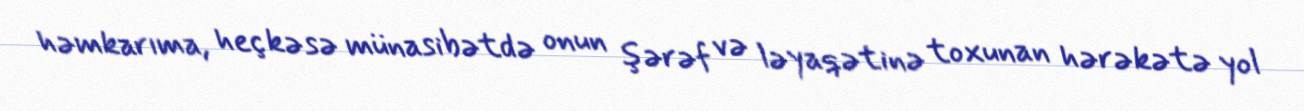
həmkarıma, heç kəsə münasibətdə onun şərəf və ləyaqətinə toxunan hərəkətə yol